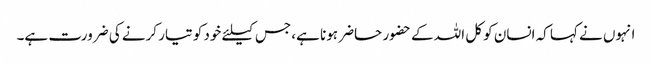
انہوں نے کہا کہ انسان کو کل اللہ کے حضور حاضر ہونا ہے، جس کیلئے خود کو تیار کرنے کی ضرورت ہے۔